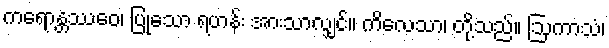
ကရောန္တဿေဝ၊ ပြုသော ရဟန်း အားသာလျှင်။ ကိလေသာ၊ တို့သည်။ ဩကာသံ၊